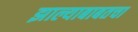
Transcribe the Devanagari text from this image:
झाल्याबाबतचा